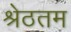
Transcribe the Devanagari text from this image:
श्रेठतम